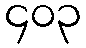
၄၀၃